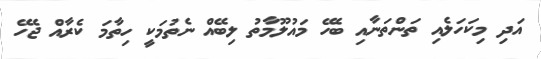
އަދި މިކަހަލެއި ތަންތަނާއި ބެހޭ މައުލޫމާތު ލިބޭއް ނެތުމަކީ ހިތާމަ ކެރާއް ޖެހޭ